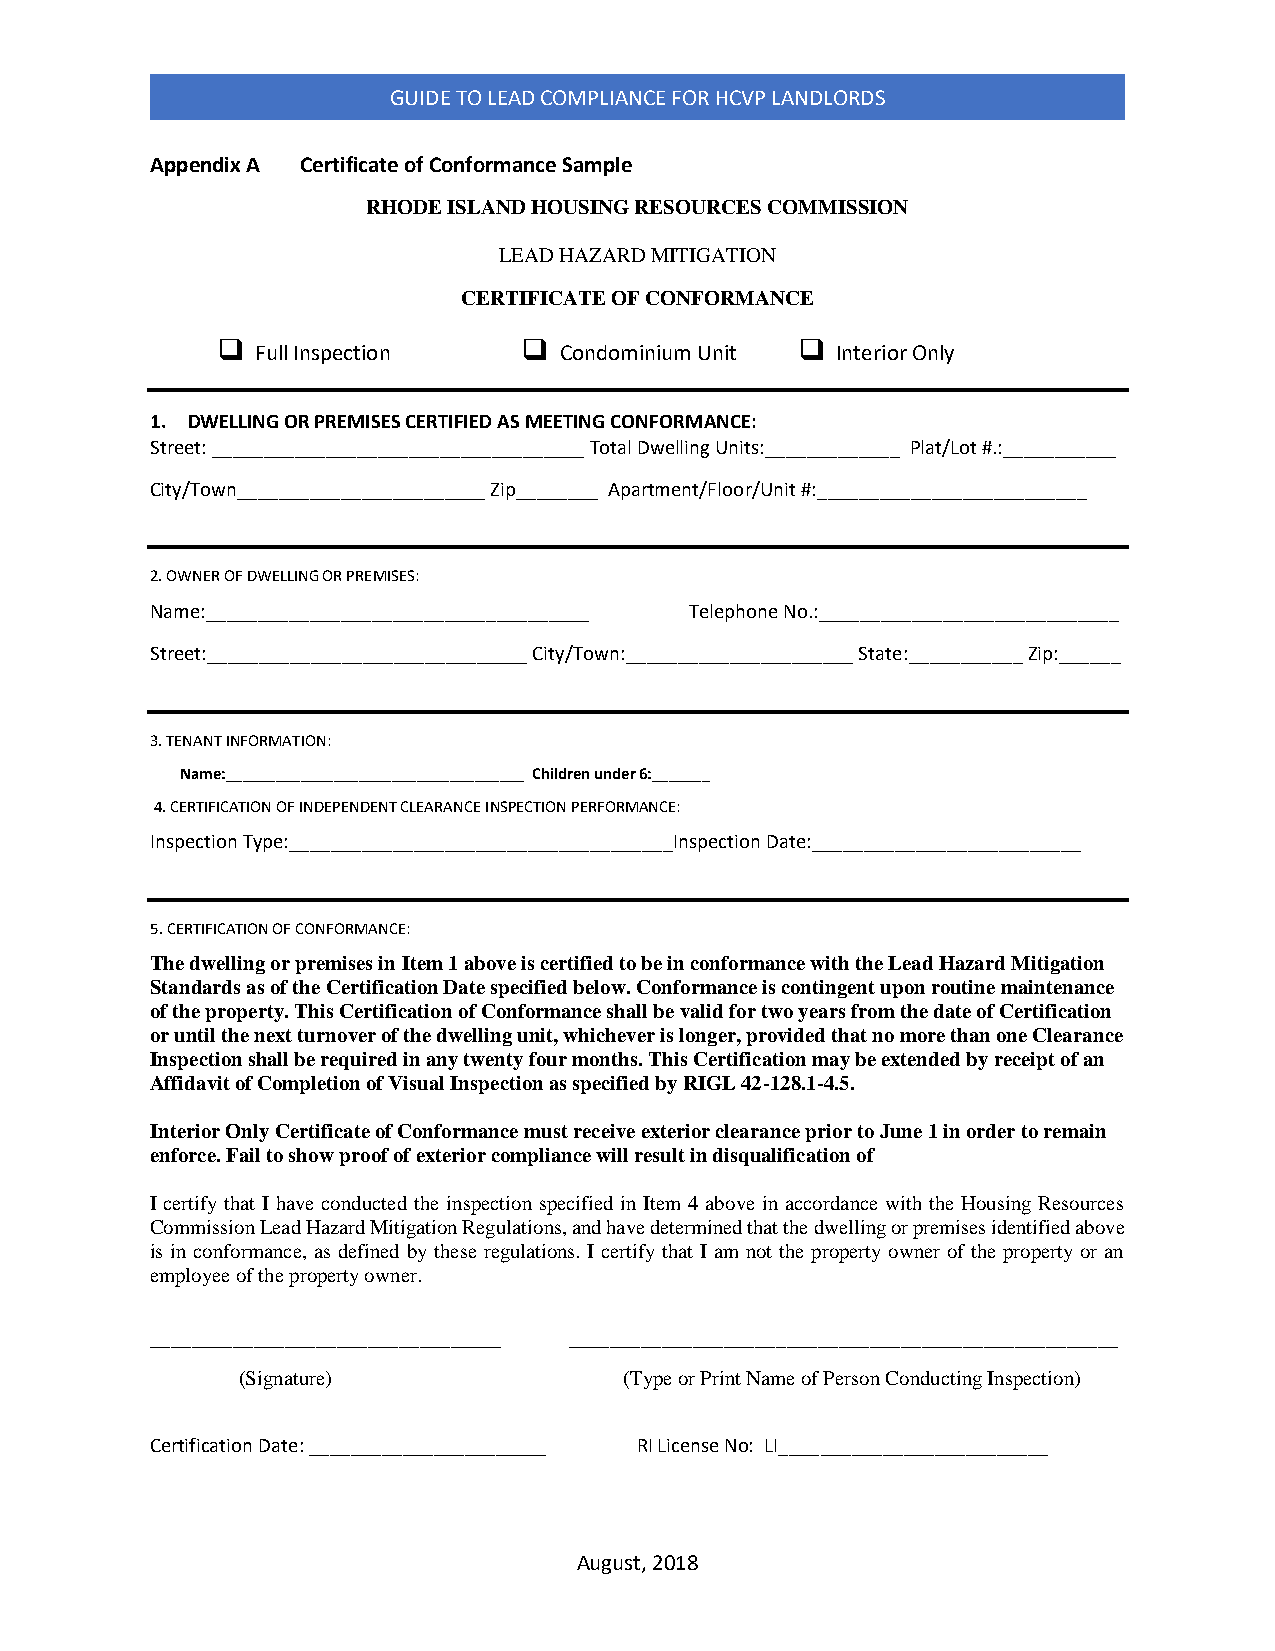
GUIDE TO LEAD COMPLIANCE FOR HCVP LANDLORDS
 Appendix A Certificate of Conformance Sample
 RHODE ISLAND HOUSING RESOURCES COMMISSION
 LEAD HAZARD MITIGATION
 CERTIFICATE OF CONFORMANCE
   Full Inspection    Condominium Unit  Interior Only
 1. DWELLING OR PREMISES CERTIFIED AS MEETING CONFORMANCE:
 Street: ____________________________________ Total Dwelling Units:_____________ Plat/Lot #.:___________
 City/Town________________________ Zip________ Apartment/Floor/Unit #:__________________________
 2. OWNER OF DWELLING OR PREMISES:
 Name:_____________________________________ Telephone No.:_____________________________
 Street:_______________________________ City/Town:______________________ State:___________ Zip:______
 3. TENANT INFORMATION:
 Name:____________________________________ Children under 6:_______
 4. CERTIFICATION OF INDEPENDENT CLEARANCE INSPECTION PERFORMANCE:
 Inspection Type:_____________________________________Inspection Date:__________________________
 5. CERTIFICATION OF CONFORMANCE:
 The dwelling or premises in Item 1 above is certified to be in conformance with the Lead Hazard Mitigation
 Standards as of the Certification Date specified below. Conformance is contingent upon routine maintenance
 of the property. This Certification of Conformance shall be valid for two years from the date of Certification
 or until the next turnover of the dwelling unit, whichever is longer, provided that no more than one Clearance
 Inspection shall be required in any twenty four months. This Certification may be extended by receipt of an
 Affidavit of Completion of Visual Inspection as specified by RIGL 42-128.1-4.5.
 Interior Only Certificate of Conformance must receive exterior clearance prior to June 1 in order to remain
 enforce. Fail to show proof of exterior compliance will result in disqualification of
 I certify that I have conducted the inspection specified in Item 4 above in accordance with the Housing Resources
 Commission Lead Hazard Mitigation Regulations, and have determined that the dwelling or premises identified above
 is in conformance, as defined by these regulations. I certify that I am not the property owner of the property or an
 employee of the property owner.
 __________________________________ _____________________________________________________
 (Signature)              (Type or Print Name of Person Conducting Inspection)
 Certification Date: _______________________ RI License No: LI__________________________
 August, 2018